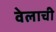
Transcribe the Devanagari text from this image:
वेलाची